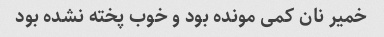
خمیر نان کمی مونده بود و خوب پخته نشده بود